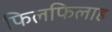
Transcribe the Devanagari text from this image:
फिलफिलाह